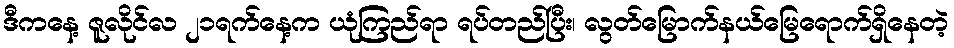
ဒီကနေ့ ဇူလိုင်လ ၂၁ရက်နေ့က ယုံကြည်ရာ ရပ်တည်ပြီး၊ လွတ်မြောက်နယ်မြေရောက်ရှိနေတဲ့